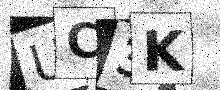
Text: UC3K